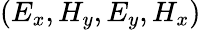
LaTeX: (E_{x},H_{y},E_{y},H_{x})